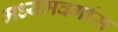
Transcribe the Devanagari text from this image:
मध्यमवर्गास